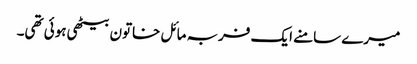
میرے سامنے ایک فربہ مائل خاتون بیٹھی ہوئی تھی۔